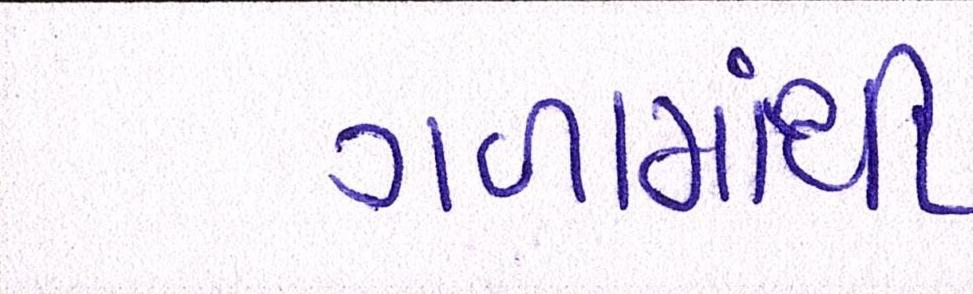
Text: ગળામાંથી